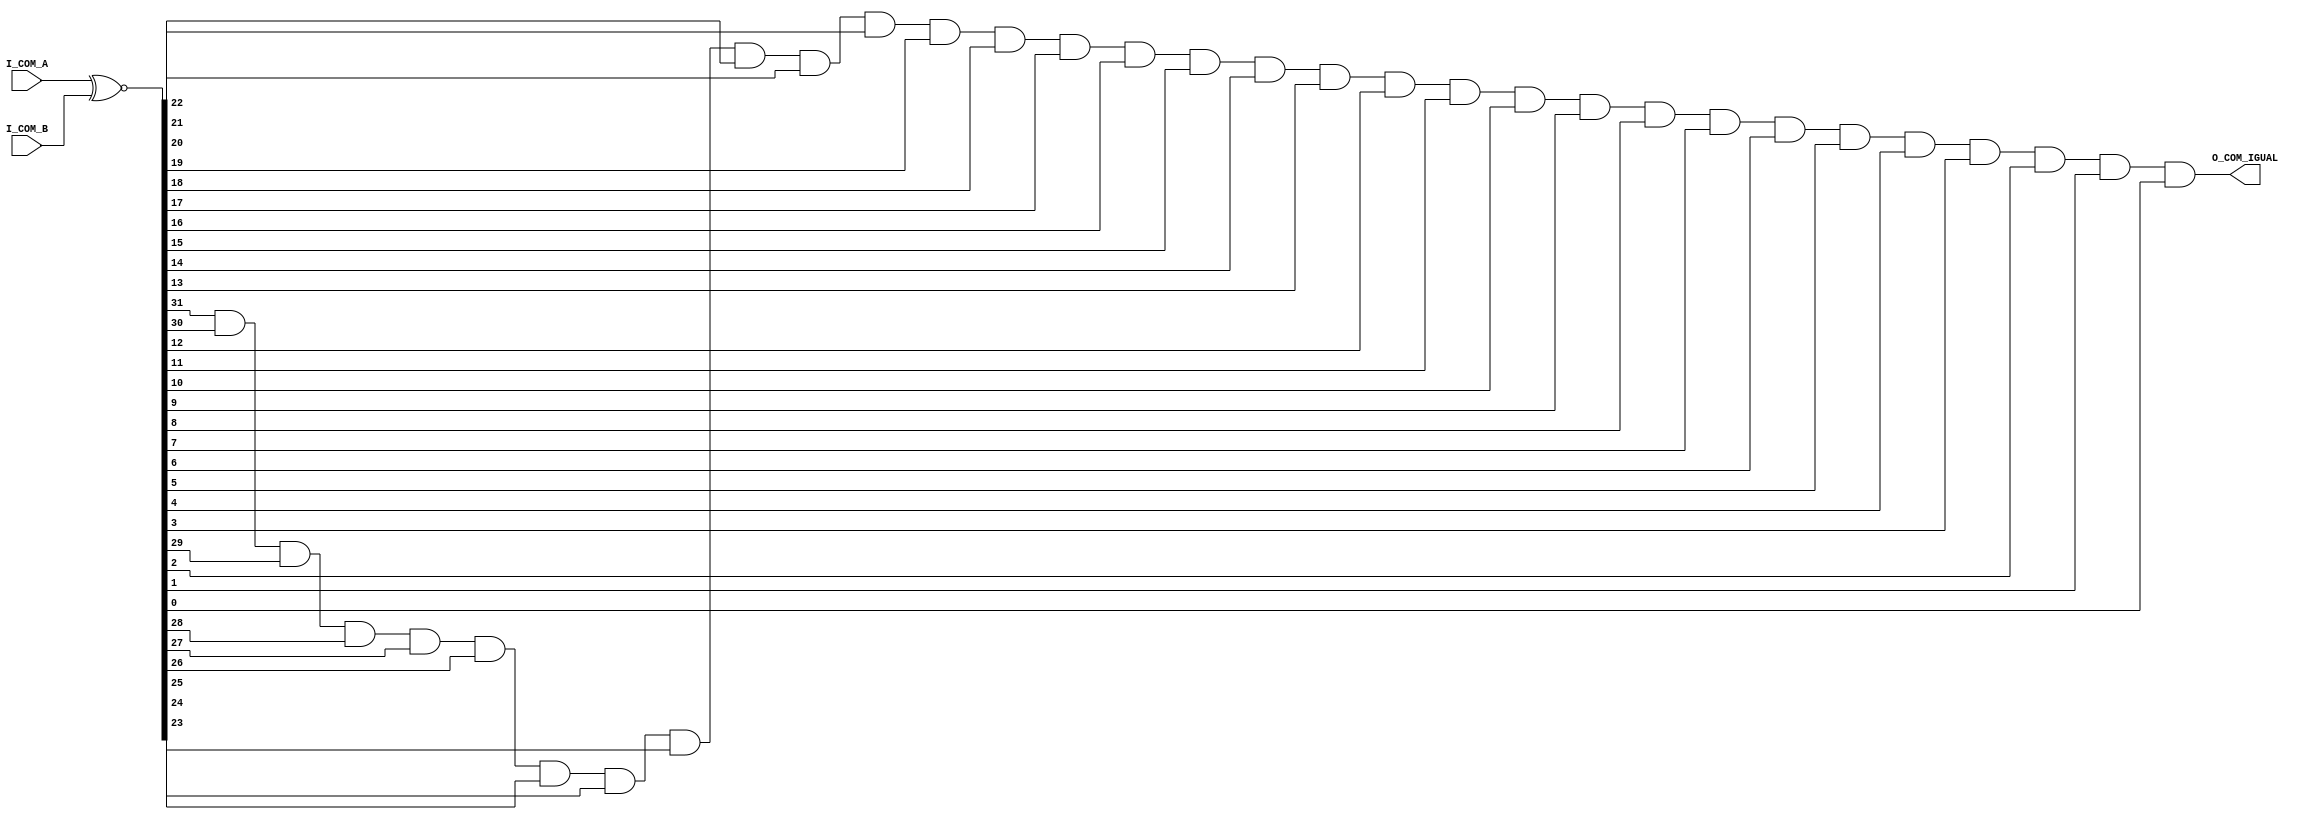
`timescale 1ns / 1ps
//////////////////////////////////////////////////////////////////////////////////
// Company: 
// Engineer: 
// 
// Design Name: 
// Module Name:    comparator 
// Project Name: 
// Target Devices: 
// Tool versions: 
// Description: 
//
// Dependencies: 
//
// Revision: 
// Revision 0.01 - File Created
// Additional Comments: 
//
//////////////////////////////////////////////////////////////////////////////////
module comparator(
	input [31:0] I_COM_A,
	input [31:0] I_COM_B,
	output O_COM_IGUAL
    );
	 
	 wire [31:0] w_xor;
	 
	 assign w_xor = I_COM_A ~^ I_COM_B;
	 
	 assign O_COM_IGUAL = w_xor[31] && w_xor[30] && w_xor[29] && w_xor[28] && w_xor[27] && w_xor[26] && w_xor[25] && w_xor[24] && w_xor[23] && w_xor[22] && w_xor[21] && w_xor[20] && w_xor[19] && w_xor[18] && w_xor[17] && w_xor[16] && w_xor[15] && w_xor[14] && w_xor[13] && w_xor[12] && w_xor[11] && w_xor[10] && w_xor[9] && w_xor[8] && w_xor[7] && w_xor[6] && w_xor[5] && w_xor[4] && w_xor[3] && w_xor[2] && w_xor[1] && w_xor[0] ; 



endmodule